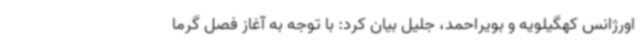
اورژانس کهگیلویه و بویراحمد، جلیل بیان کرد: با توجه به آغاز فصل گرما